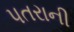
પતરાની